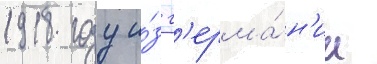
1918 году и́з г'ерма́н'ии